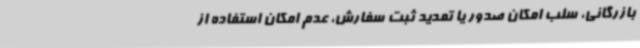
بازرگانی، سلب امکان صدور یا تمدید ثبت سفارش، عدم امکان استفاده از